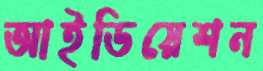
আইডিয়েশন